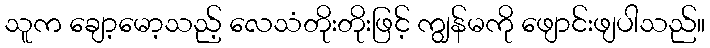
သူက ချော့မော့သည့် လေသံတိုးတိုးဖြင့် ကျွန်မကို ဖျောင်းဖျပါသည်။